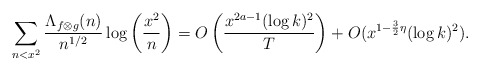
\begin{align*} \sum_{n<x^2}\frac{\Lambda_{f\otimes g}(n)}{n^{1/2}}\log\left(\frac{x^2}{n}\right)=O\left(\frac{x^{2a-1}(\log k)^2}{T}\right)+O(x^{1-\frac{3}{2}\eta}(\log k)^2).\end{align*}